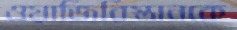
ওয়াজিরিস্তানকে